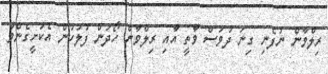
ރިލްވާން ނުފެނި ގިނަ ދުވަސް ވާތީ އާއި ރިލްވާން ހޯދަން ފުލުހުން އެކަށީގެންވާ